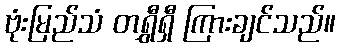
ဗုံးမြည်သံ တရွှီရှီ ကြားချင်သည်။